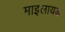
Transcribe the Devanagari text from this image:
माइलायड